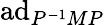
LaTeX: \mathrm{ad}_{P^{-1}MP}